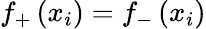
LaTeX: f_{+}\left(x_{i}\right)=f_{-}\left(x_{i}\right)